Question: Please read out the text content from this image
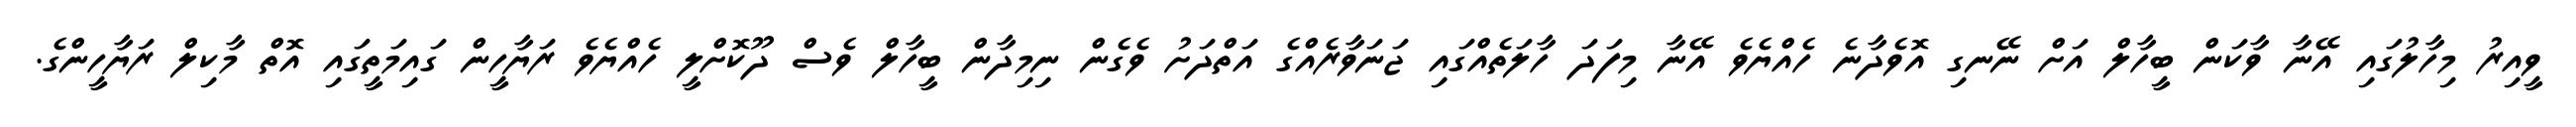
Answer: ވީއިރު މިހާލުގައި އޭނާ ވާކަން ބީހާލް އަށް ނޭނގި އޮވެދާނެ ހެއްޔެވެ އޭނާ މިފަދަ ހާލަތެއްގައި ޖަނަވާރެއްގެ އަތްދަށު ވެގެން ނިމިދާން ބީހާލް ވެސް ދޫކޮށްލީ ހެއްޔެވެ ރަޔާހީން ގައިމަތީގައި އޮތް މާކިލް ރަޔާހީންގެ.